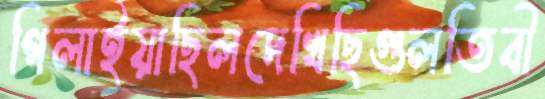
গিলাইয়াছিলদেখিছিগুলতিবী